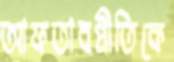
আফতাবপ্রীতিকে